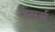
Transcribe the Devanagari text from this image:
गमर्स